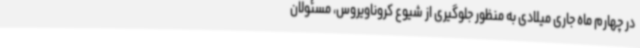
در چهارم ماه جاری میلادی به منظور جلوگیری از شیوع کروناویروس، مسئولان